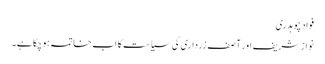
فواد چوہدری
نوازشریف اور آصف زرداری کی سیاست کا اب خاتمہ ہوچکا ہے۔